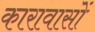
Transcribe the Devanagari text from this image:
कारावासों